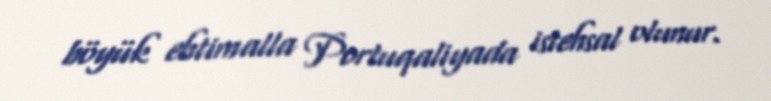
böyük ehtimalla Portuqaliyada istehsal olunur.